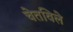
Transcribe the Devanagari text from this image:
चेतविले